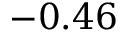
- 0 . 4 6